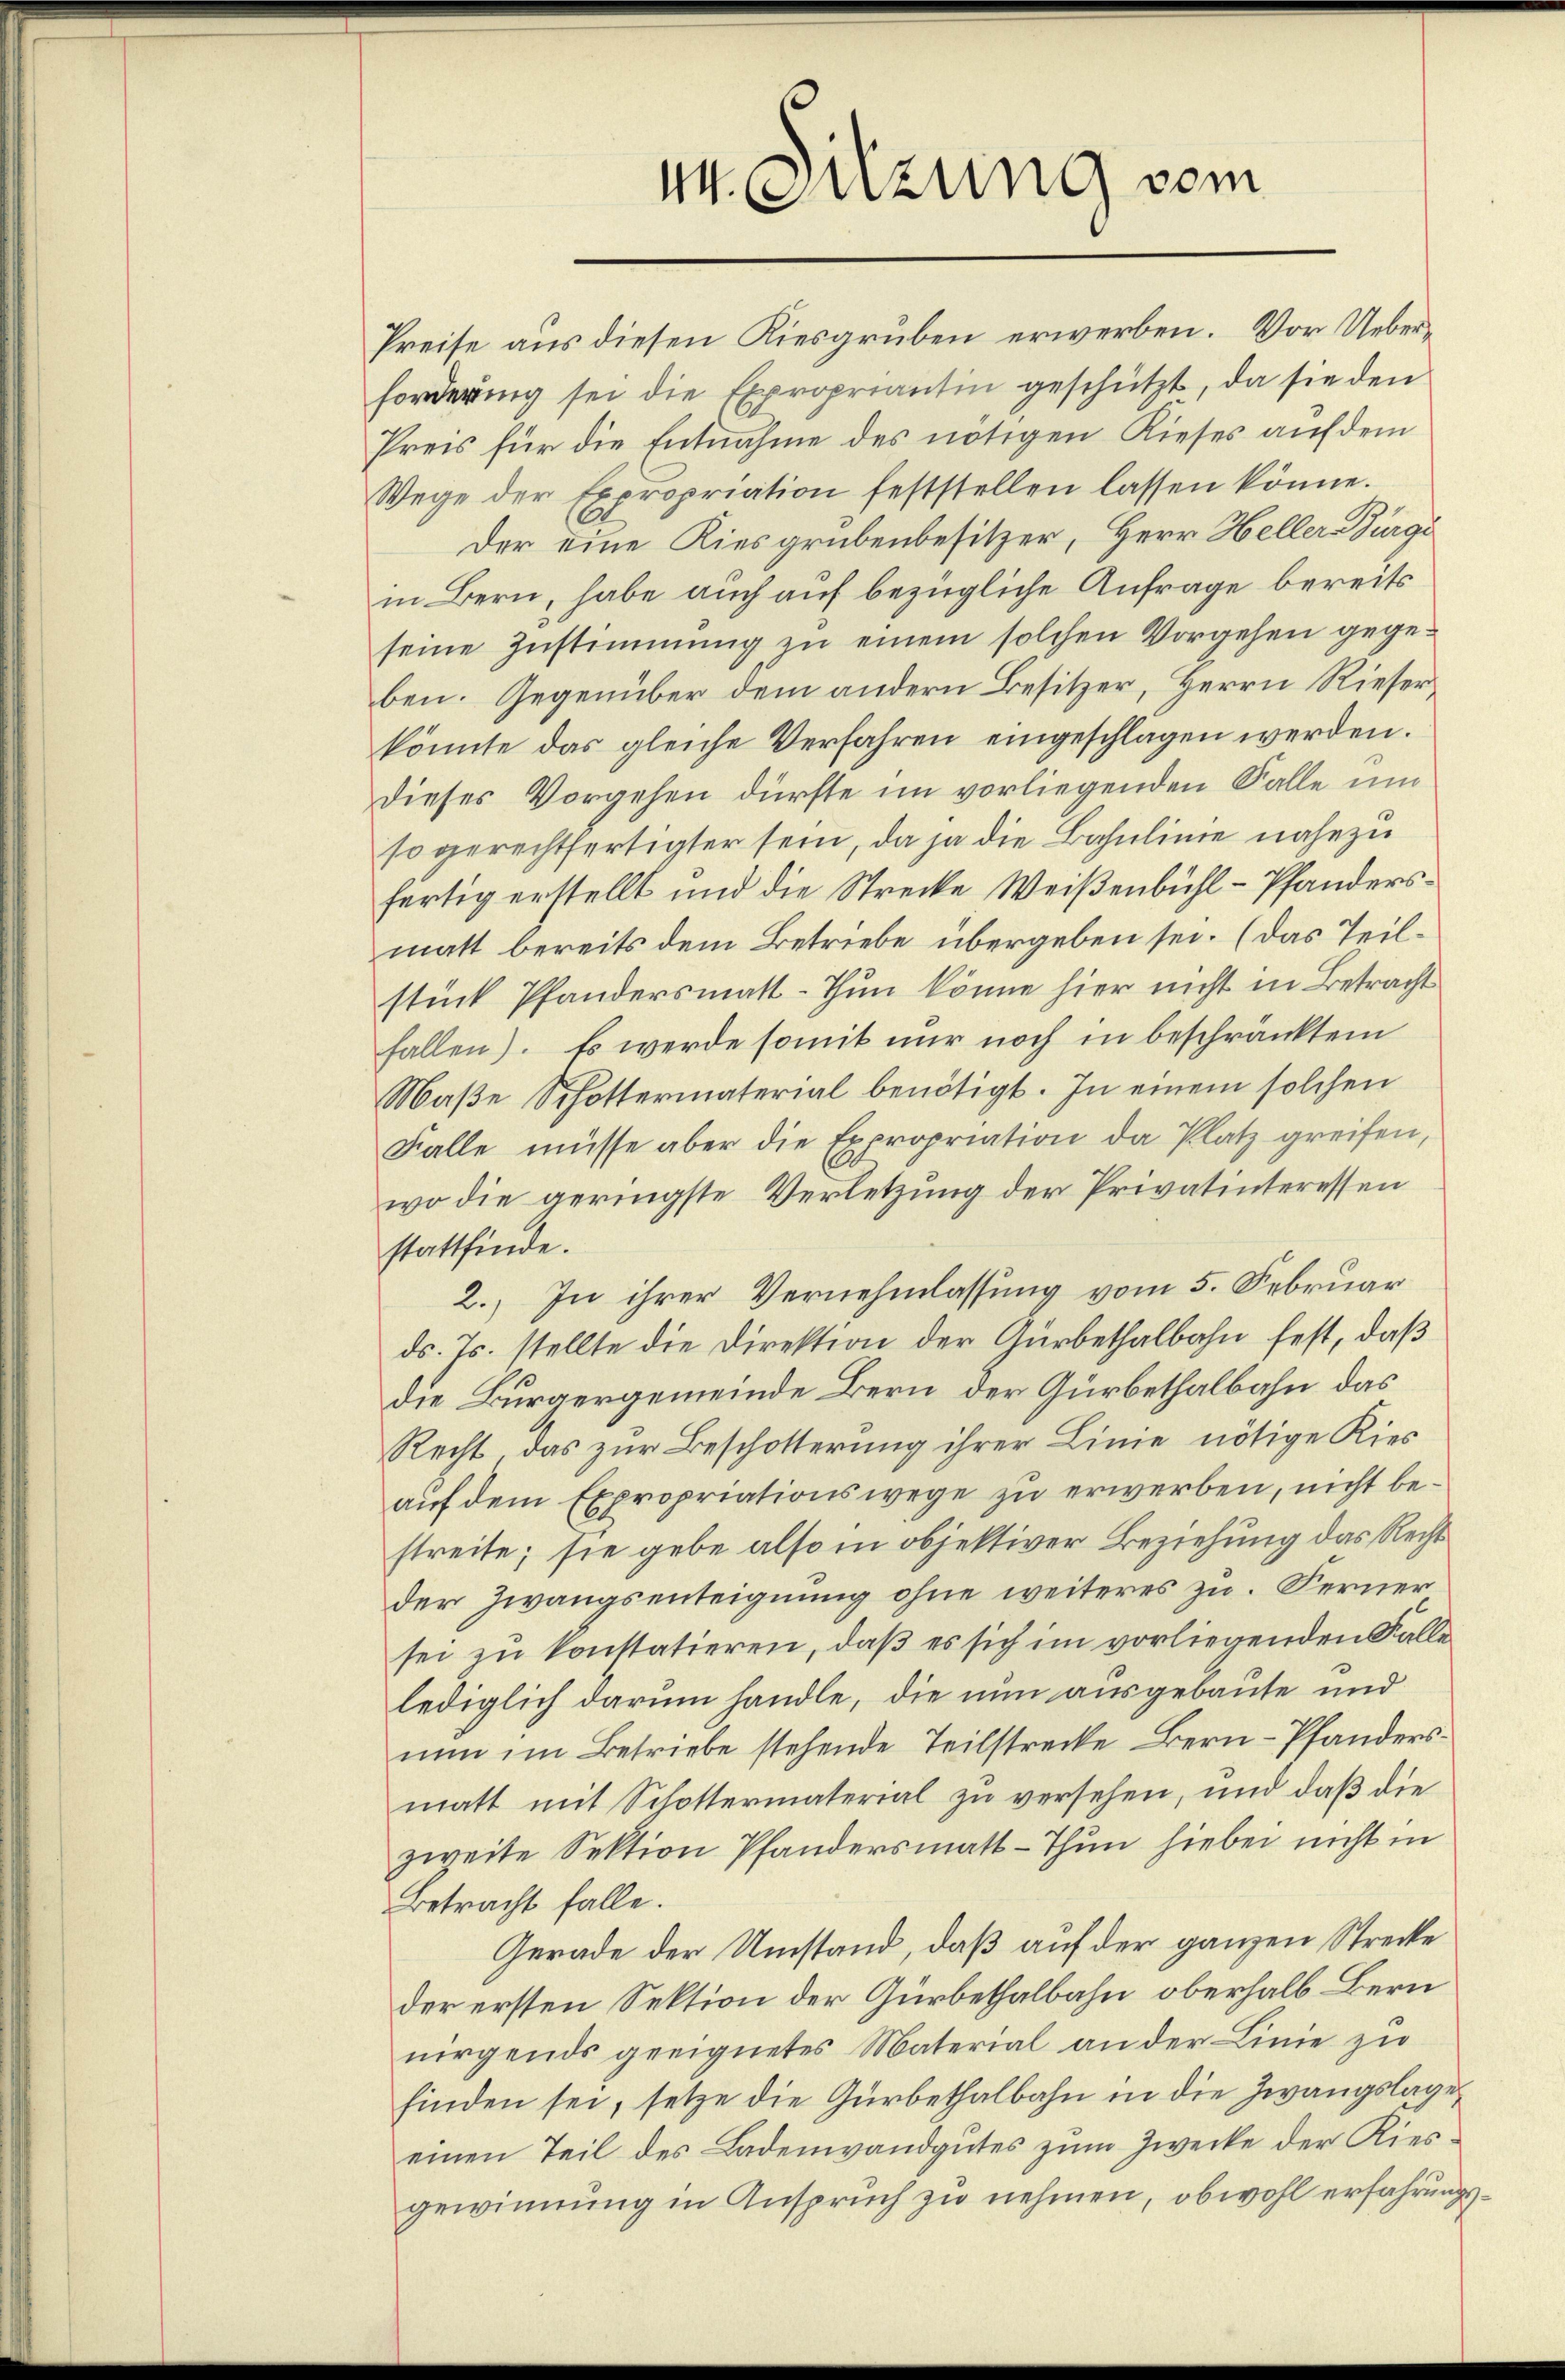
M. Sitzung vom

Preise aus diesen Kiesgruben erwerben. Vor Ueberforderung sei die Expropriantin geschützt, da sie den
Preis für die Entnahme des nötigen Rieses auf dem
Wege der Expropriation feststellen lassen könne.
Der eine Kiesgrubenbesitzer, Herr Heller Bürge
in Bern, habe auch auf bezügliche Anfrage bereits
seine Zustimmung zu einem solchen Vorgehen gegeben. Gegenüber dem andern Besitzer, Herrn Rieser
könnte das gleiche Verfahren eingeschlagen werden.
dieses Vorgehen dürfte im vorliegenden Falle und
so gerechtfertigter sein, da ja die Bahnlinie nahezu
fertig erstellt und die Strecke Weißenbühl-Pfandersmatt bereits dem Betriebe übergeben sei. (das Teilstück Pfandersmatt-Thun könne hier nicht in Betracht
fallen). Es werde somit nur noch in beschränktem
Maβe Schöttermaterial benötigt. In einem solchen
Falle müsse aber die Expropriation da Platz greifen,
wo die geringste Verletzung der Privatinteressen
stattfinde.
2., In ihrer Vernehmlassung vom 5. Februar
ds. Js. stellte die Direktion der Gürbethalbahn fest, daß
die Bürgergemeinde Bern der Gürbethalbahn das
Recht, das zur Beschotterung ihrer Linie nötige Kies
auf dem Expropriationswege zu erwerben, nicht bestreite; sie gebe also in objektiver Beziehung das Rechtder Zwangsenteignung ohne weiteres zu. Ferner
sei zu konstatieren, daß es sich im vorliegenden Falle
lediglich darum handle, die nun ausgebaute und
nun im Betriebe stehende Teilstrecke Bern-Pfandersmatt mit Schottermaterial zu versehen, und daß die
zweite Sektion Pfandersmatt-Thun hiebei nicht in
Betracht falle.
Gerade der Umstand, daß auf der ganzen Strecke
der ersten Sektion der Gürbethalbahn oberhalb Bern
nirgends geeignetes Material an der Linie zu
finden sei, setze die Gürbethalbahn in die Zwangslage
einen Teil des Ladenwandgutes zum Zwecke der Riesgewinnung in Anspruch zu nehmen, obwohl erfahrungs¬